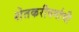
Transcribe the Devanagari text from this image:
शेतकरीवर्गाची